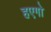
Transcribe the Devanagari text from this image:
हएगो